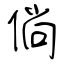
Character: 倘